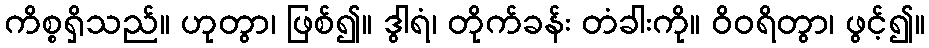
ကိစ္စရှိသည်။ ဟုတွာ၊ ဖြစ်၍။ ဒွါရံ၊ တိုက်ခန်း တံခါးကို။ ဝိဝရိတွာ၊ ဖွင့်၍။